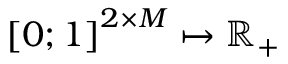
\left[ 0 ; 1 \right] ^ { 2 \times M } \mapsto \mathbb { R } _ { + }